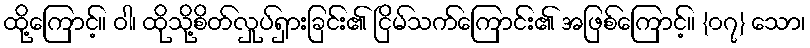
ထို့ကြောင့်။ ဝါ၊ ထိုသို့စိတ်လှုပ်ရှားခြင်း၏ ငြိမ်သက်ကြောင်း၏ အဖြစ်ကြောင့်။ {၀၇} သော၊